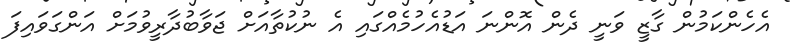
އެހެންކަމުން ގާޒީ ވަނީ ދެން އޮންނަ އަޑުއެހުމެއްގައި އެ ނުކުތާއަށް ޖަވާބުދާރީވުމަށް އަންގަވައިފަ